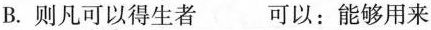
B.则凡\underset{·}{可}\underset{·}{以}得生者 可以：能够用来